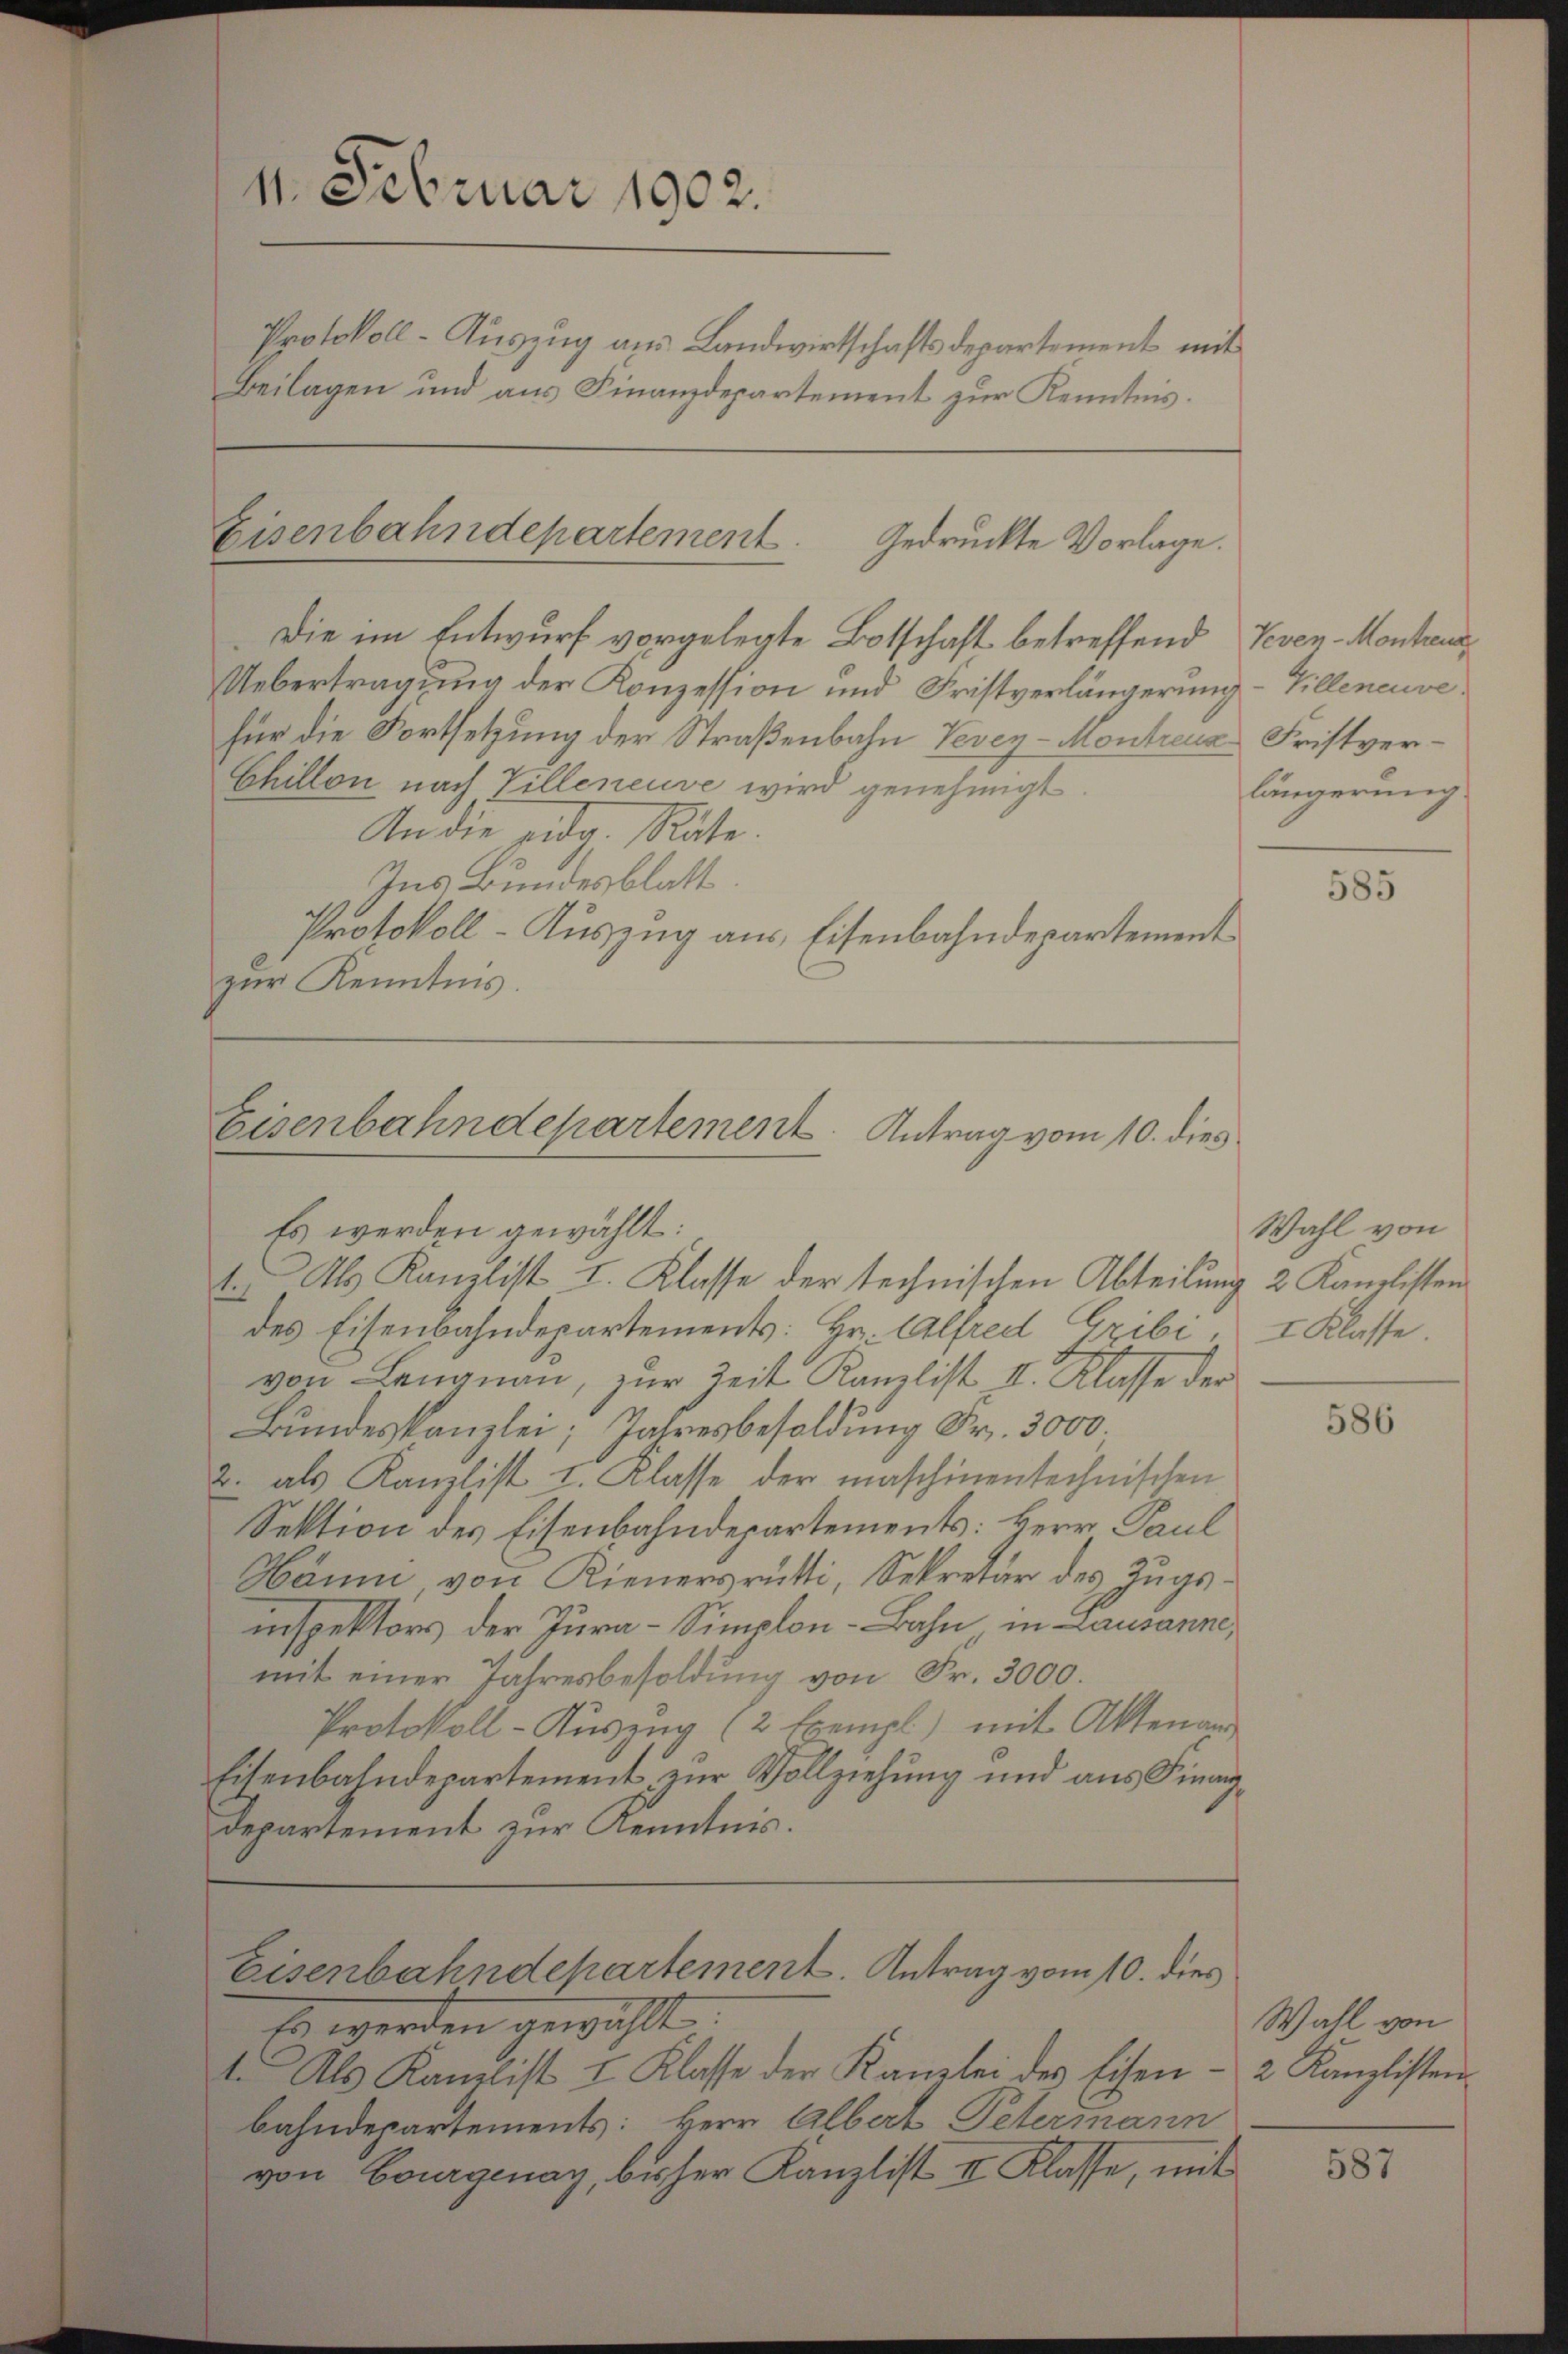
11. Februar 1902.
Protokoll-Aŭszŭg aŭs Landwirtschaftsdepartement mit
Beilagen und aus Finanzdepartement zur Kenntnis.

Eisenbahndepartement. Gedruckte Vorlage.

Die im Entwurf vorgelegte Botschaft betreffend Veven-Montans
Uebertragung der Konzession und Fristverlängerung- Villeneuve
für die Fortsetzung der Straßenbahn Vevey-Montreux Fristver¬
Chillon nach Villeneuve wird genehmigt.
An die eidg. Räte.
Ins Bundesblatt.
Protokoll-Auszug aus Eisenbahndepartement
zur Kenntnis.

Eisenbahndepartement. Antrag vom 10. dies
Es werden gewählt:
te. Als Kanzlist I. Klasse der technischen Abteilung 2 Kanzlisten

des Eisenbahndepartements: Hr. Alfred Gribi, I Klasse.
von Lengnau, zur Zeit Kanzlist II. Klasse der
Bundeskanzlei; Jahresbesoldung Fr. 3000
2. als Kanzlist I. Klasse der maschinentechnischen
Sektion des Eisenbahndepartements: Herr Paul
Häum von Kienersrüti, Sekretär des Zugs-
inspektors der Jura - Simplon-Bahn in Lausanne,
mit einer Jahresbesoldung von Fr. 3000.
Protokoll-Auszug (2 Exempl) mit Aktenan
Eisenbahndepartement zur Vollziehung und aus Finanzdepartement zur Kenntnis.

Eisenbahndepartement. Antrag vom 10. dies

Es werden gewählt.
1. Als Kanzlist I. Klasse der Kanzlei des Eisen.
bahndepartements: Herr Albert Petermann
von Courgenay, bisher Kanzlist II Klasse, mit

längerung.

585

Wahl von

586

Wall von
2 Kanzlisten

587